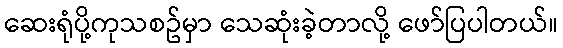
ဆေးရုံပို့ကုသစဥ်မှာ သေဆုံးခဲ့တာလို့ ဖော်ပြပါတယ်။